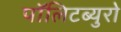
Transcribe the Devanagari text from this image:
पॉलिटब्युरो